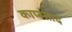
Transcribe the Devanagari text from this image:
काप्स्ताद